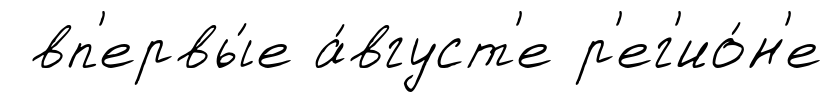
вп'ервы́е а́вгуст'е р'ег'ио́н'е